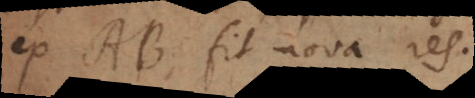
ex AB fit nova res.